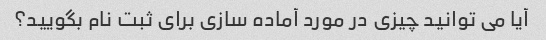
آیا می توانید چیزی در مورد آماده سازی برای ثبت نام بگویید؟